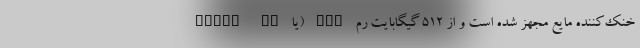
خنک‌کننده مایع مجهز شده است و از 512 گیگابایت رم ECC (یا Error Co